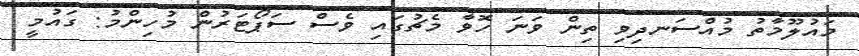
މައުލޫމާތު މުއްސަނދިވި ތިން ވަނަ ހޮވާ މެޗުގައި ވެސް ސަޕޯޓަރުން މުހިންމު: ގައުމީ